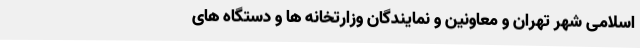
اسلامی شهر تهران و معاونین و نمایندگان وزارتخانه ها و دستگاه های